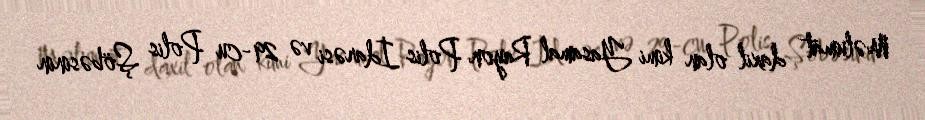
Məlumat daxil olan kimi Yasamal Rayon Polis İdarəsi və 29-cu Polis Şöbəsinin